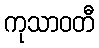
ကုသာဝတီ